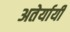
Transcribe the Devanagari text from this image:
अतेर्यायी